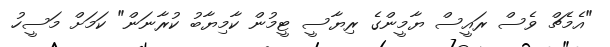
"އެމެޗް ވެސް ރައީސް ޔާމީންގެ ރިޔާސީ ޓީމުން ކާމިޔާބު ކުރާނަން" ކަމަށް މަސީހު